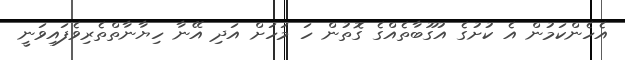
އެހެންކަމުން އެ ކުށުގެ އުގޫބާތެއްގެ ގޮތުން ހަ މަހަށް އަދި އޭނާ ހިޔާނާތްތެރިވެފައިވަނީ